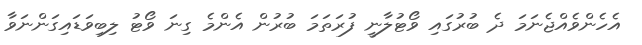
އެހެންވެއްޖެނަމަ ދެ ބުރުގައި ވޯޓުލާނީ ފުރަތަމަ ބުރުން އެންމެ ގިނަ ވޯޓު ލިބިވަޑައިގަންނަވާ